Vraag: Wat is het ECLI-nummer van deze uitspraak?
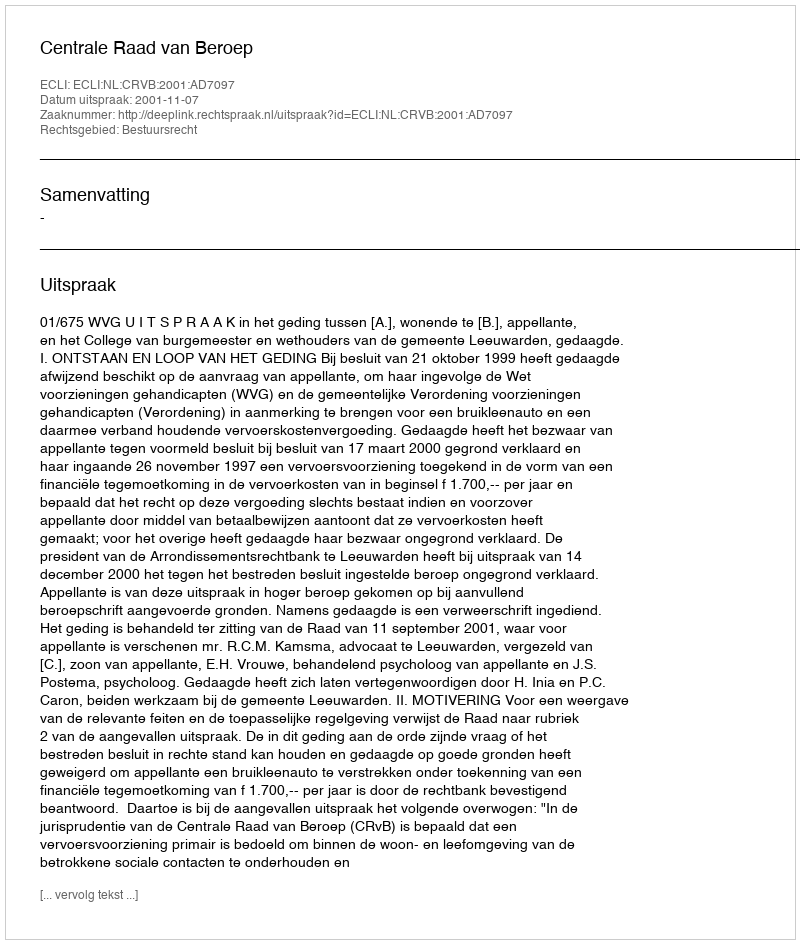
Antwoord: ECLI:NL:CRVB:2001:AD7097